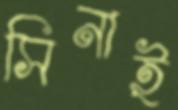
সিনাই